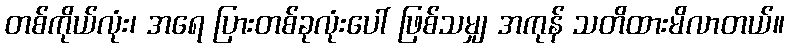
တစ်ကိုယ်လုံး၊ အရေ ပြားတစ်ခုလုံးပေါ် ဖြစ်သမျှ အကုန် သတိထားမိလာတယ်။